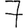
Digit: 7